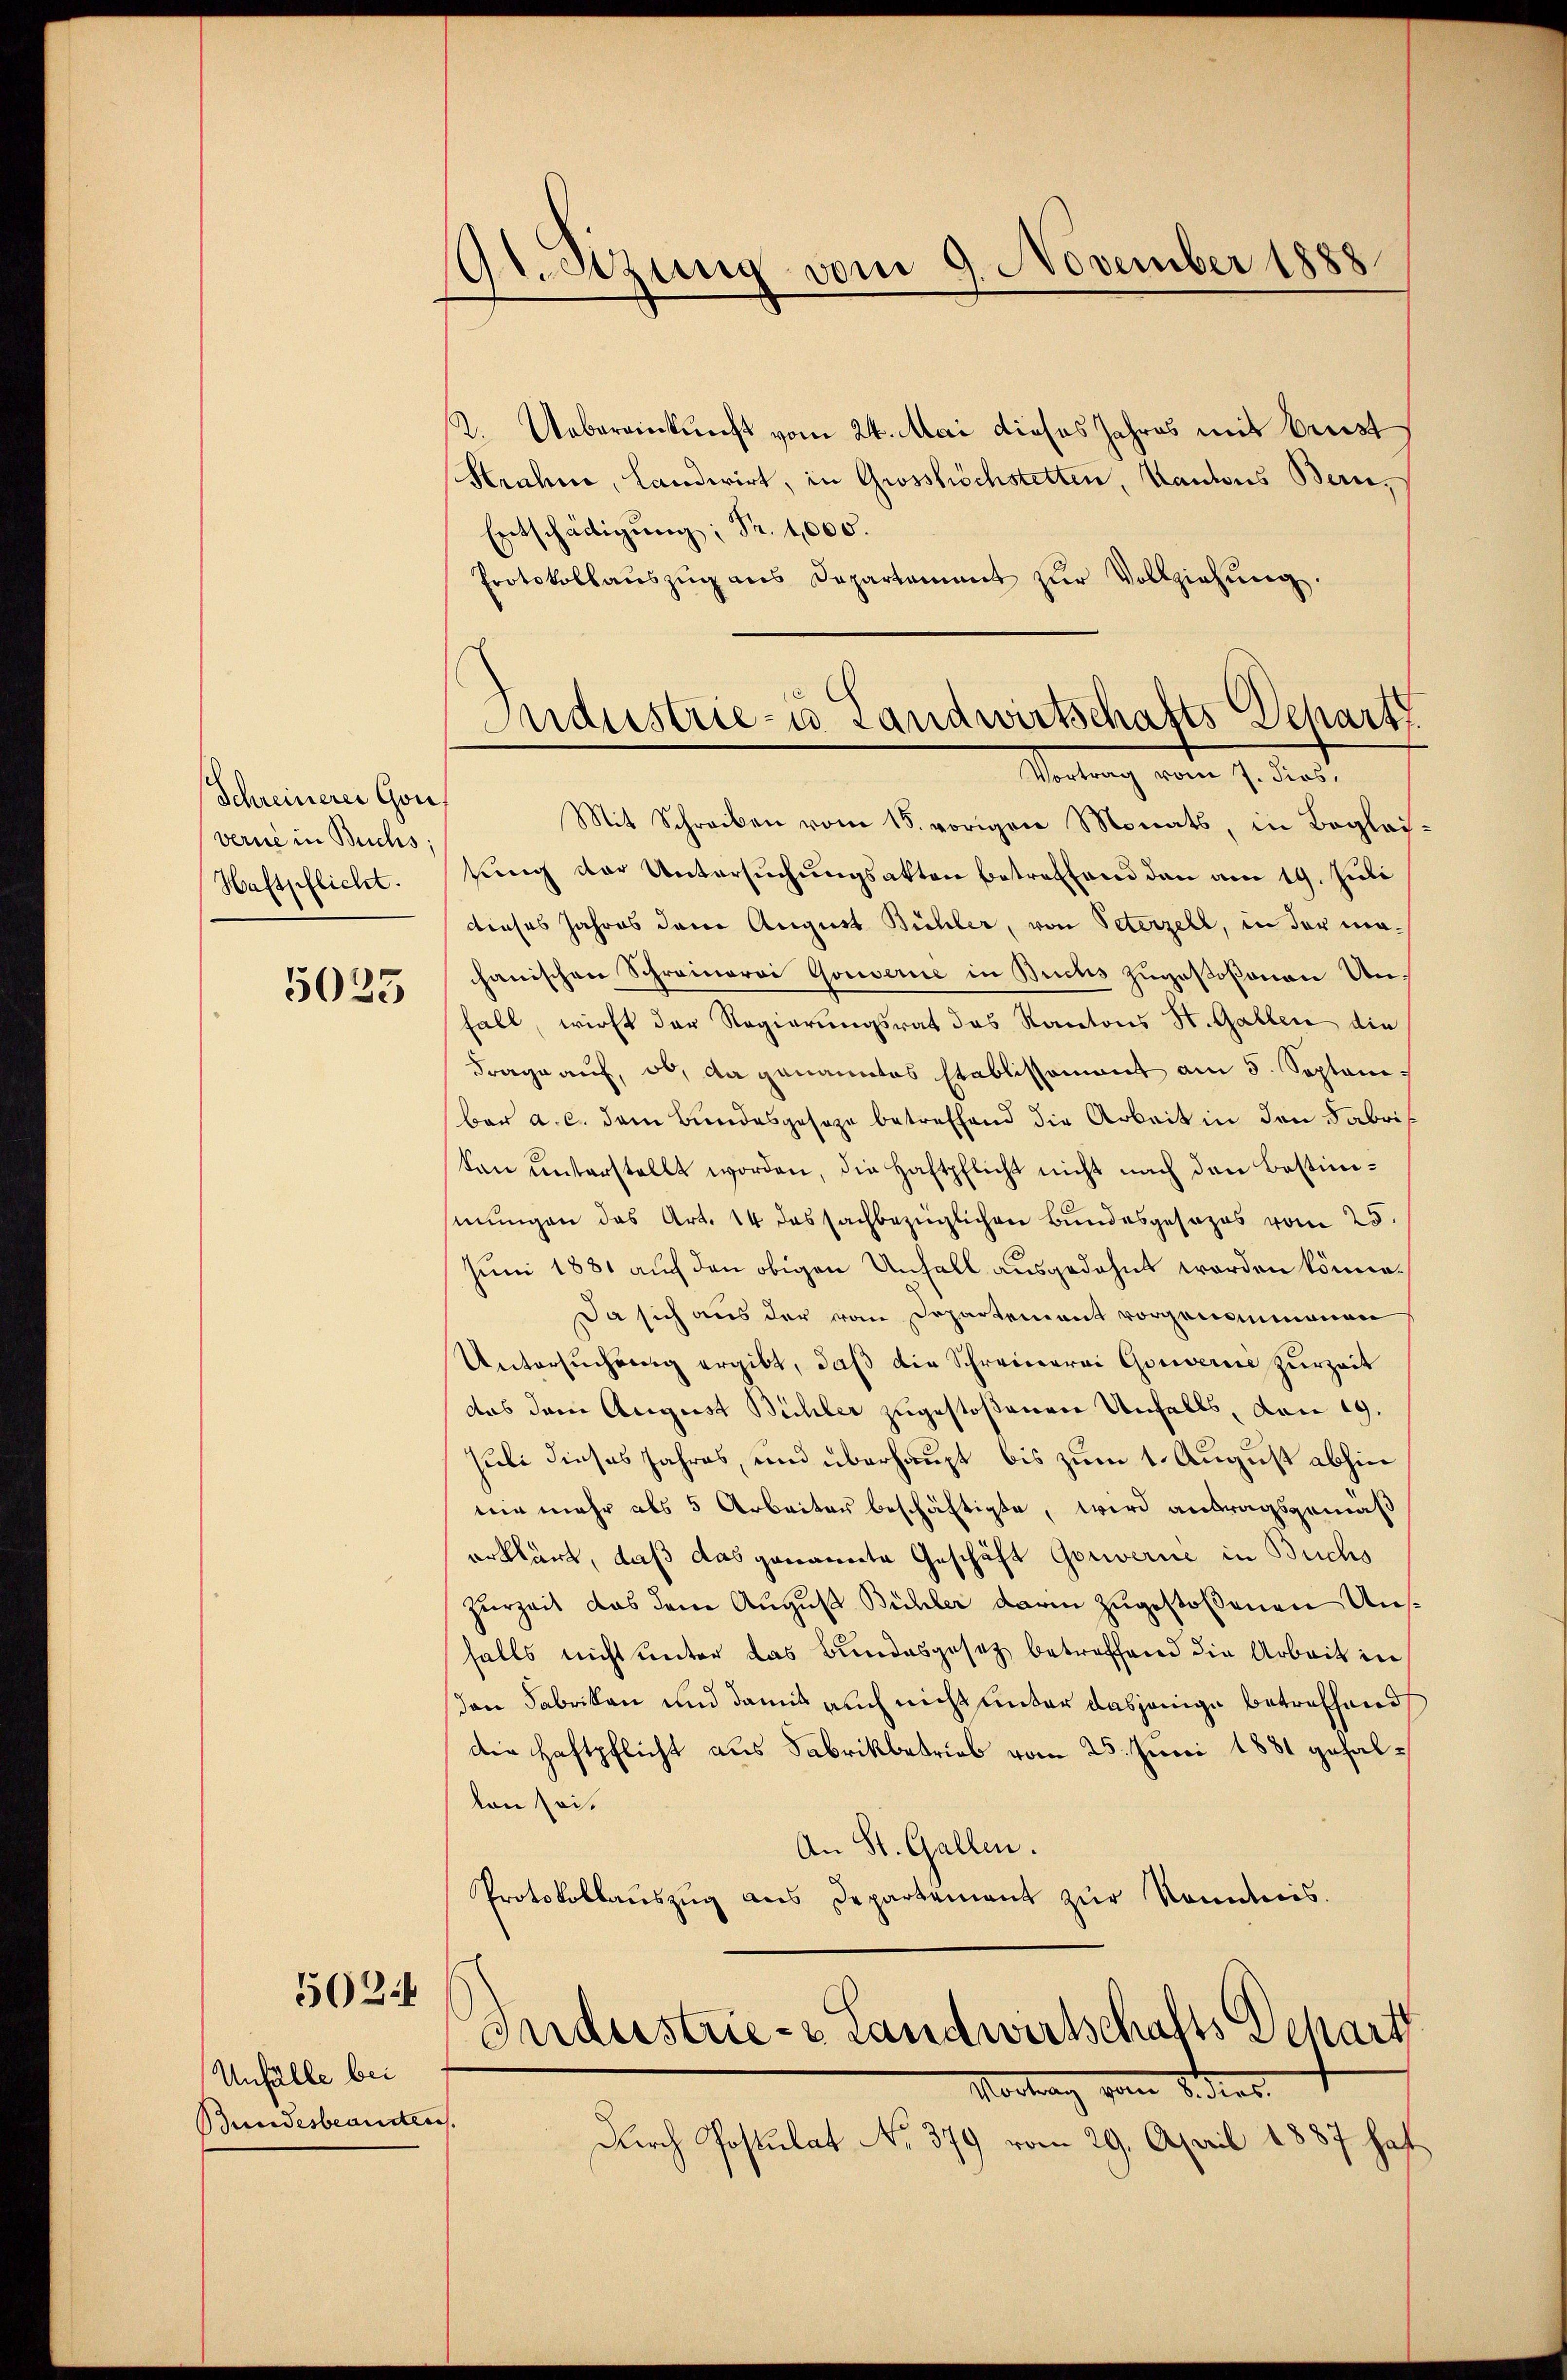
Schreinerer Gou
verne in Buchs,
Haftpflicht.

5025

Unfälle bei
Bundesbeamten

502.

Gretzung vom 9. November 1888

2. Uebereinkunft vom 24. Mai dieses Jahres mit Preist
Heuhne, landwirt, in Grosshöchstetten, Kantons Bern,
Entschädigung; Fr. 1,000.
Protokollaŭszŭg ans Departement zŭr Vollziehŭng.
Vortrag vom 7. dies,
Mit Schreiben vom 18. vorigen Monats, in Begleitŭng der Untersŭchŭngsakten betreffend den am 19. Juli
dieses Jahres dem August Bühler, von Peterzell, in der machanischen Schreinerei Gouverne in Buchs zŭgeβoβanen Un-
fall, wirkt der Regierungsrat das Kantons St. Gallen die
Frage auf, ob, da genanntes Etablissement am 5. Septembar a. c. dem Bundesgesage betreffend die Arbeit in den Fabritan unterstellt worden, die Haftpflicht nicht nach den Bestimmungen das Art. 14 das sachbezüglichen Bundesgesezes vom 25.
Juni 1881 auch den obigen Unfall ausgedehnt worden könne.
Da sich aus der von Departement vorgenommenen
Untersuchung ergibt, daß die Schreinerei Gouverne zurzeit
das dem August Bühler zugestoßenen Unfalls, von 19.
suli dieses Jahres, und überhaupt bis zum 1. August abhin
mir mehr als 5 Arbeiter beschäftigte, wird antragsgemäß
erklärt, daß das genannte Geschäft Gouverne in Buchs
zurzeit das dem August Bühler darin zugestoßenen Unsfalls nicht unter das Bundesgesetz betreffend die Arbeit in
dan Fabriken und damit auch nicht unter dasjenige betreffend
die Haftpflicht aus Fabrikbetrieb vom 25. Juni 1881 gefallon sei.
An St. Gallen.
Protokollaŭszŭg ans Departement zŭr Sonnleis.
Industrie- & Landwirtschafts Schart
Montag vom 8. ders.
Durch Postulat No. 379 vom 29. April 1887 haf

Maustrie- u. Landwirtschafts-Depart